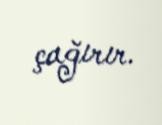
çağırır.